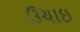
ઉચાઇ